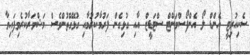
ސެކިއުރިޓީ އެންޑް ލޯ އެންފޯސްމަންޓް ސްޓަޑީޒް އާއި ގުޅިގެން ފަރުމާކުރުމާއި ގުޅޭގޮތުންވެސް މަޝްވަރާކުރެވިފައިވާ